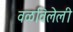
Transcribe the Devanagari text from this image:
वळविलेली